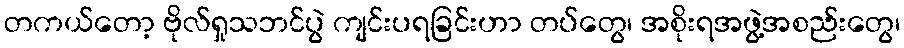
တကယ်တော့ ဗိုလ်ရှုသဘင်ပွဲ ကျင်းပရခြင်းဟာ တပ်တွေ၊ အစိုးရအဖွဲ့အစည်းတွေ၊